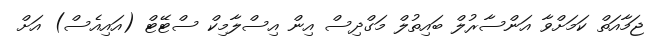
ޖަމާއަތް ކަމަށްވާ އަންސާރުލް ބައިތުލް މަގްދިސް އިން އިސްލާމިކް ސްޓޭޓް (އައިއެސް) އަށް